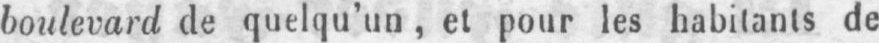
boulevard de quelqu’un, et pour les habitants de